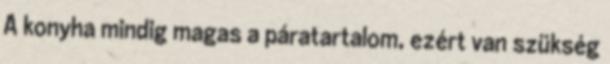
A konyha mindig magas a páratartalom, ezért van szükség